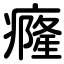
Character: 癃